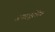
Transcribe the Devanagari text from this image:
अपरजूरैसिक